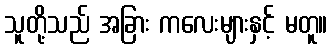
သူတို့သည် အခြား ကလေးများနှင့် မတူ။